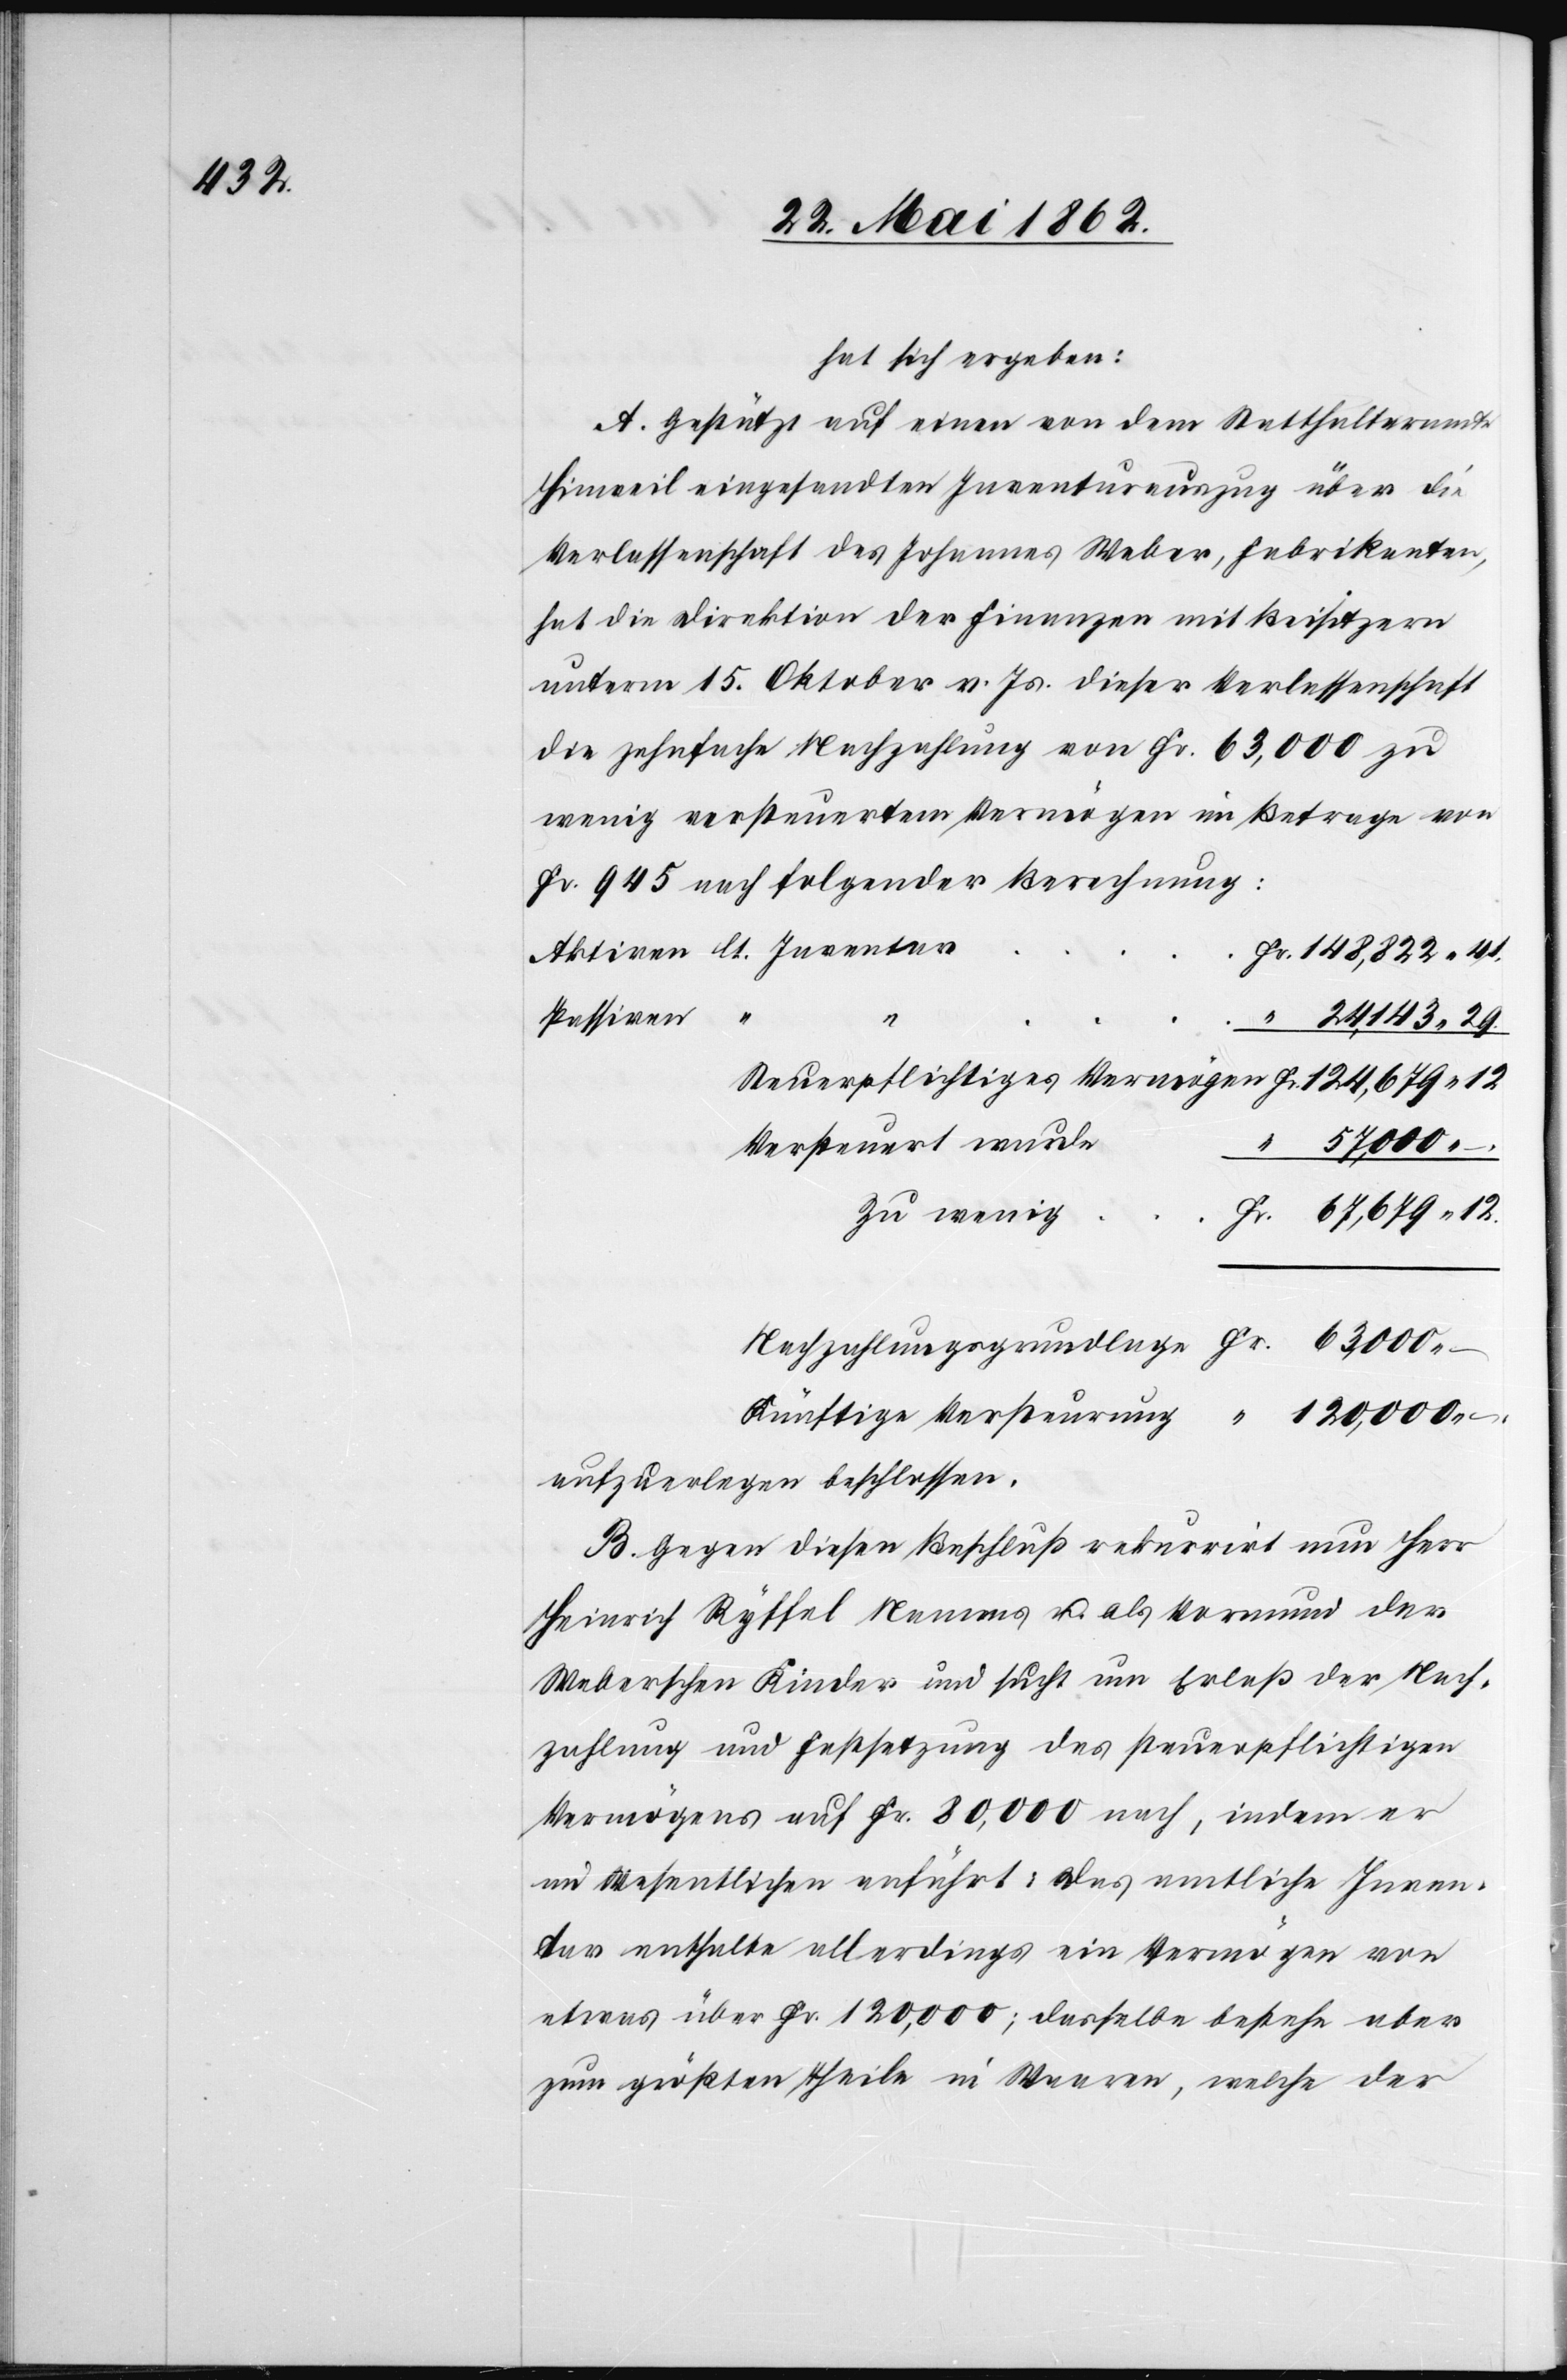
hat sich ergeben:
A. Gestützt auf einen von dem Statthalteramte
Hinweil eingesandten Inventurauszug über die
Verlassenschaft des Johannes Weber, Fabrikanten,
hat die Direktion der Finanzen mit Beisitzern
unterm 15. Oktober v. Js. dieser Verlassenschaft
die zehnfache Nachzahlung von Fr. 63,000 zu
wenig versteuertem Vermögen im Betrage von
Fr. 945 nach folgender Berechnung:
41
Passiven
“
57,000
12
Versteuert wurde
zu wenig
aufzuerlegen beschlossen.
B. Gegen diesen Beschluß rekurrirt nun Herr
Heinrich Ryffel Namens u. als Vormund der
Weberschen Kinder und sucht um Erlaß der Nach¬
zahlung und Festsetzung des steuerpflichtigen
Vermögens auf Fr. 80,000 nach, indem er
im Wesentlichen anführt: Das amtliche Inven¬
tar enthalte allerdings ein Vermögen von
etwas über Fr. 120,000; dasselbe bestehe aber
zum größten Theile in Waaren, welche der